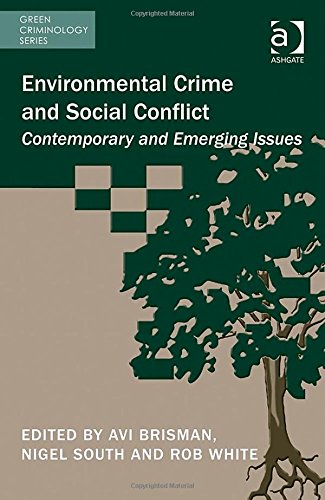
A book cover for Environmental Crime and Social Conflict: Contemporary and Emerging Issues (Green Criminology); Law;